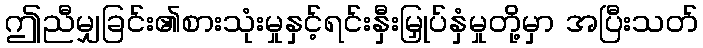
ဤညီမျှခြင်း၏စားသုံးမှုနှင့်ရင်းနှီးမြှုပ်နှံမှုတို့မှာ အပြီးသတ်